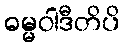
ဓမ္မဝါဒီတိပိ